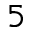
^ { 5 }